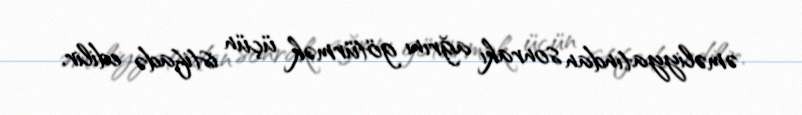
əməliyyatından sonrakı ağrını götürmək üçün istifadə edilir.